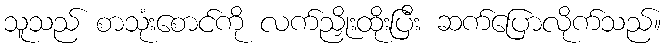
သူသည် စာသုံးစောင်ကို လက်ညှိုးထိုးပြီး ဆက်ပြောလိုက်သည်။